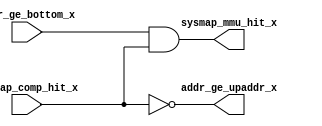
// This program was cloned from: https://github.com/T-head-Semi/openc906
// License: Apache License 2.0

/*Copyright 2020-2021 T-Head Semiconductor Co., Ltd.

Licensed under the Apache License, Version 2.0 (the "License");
you may not use this file except in compliance with the License.
You may obtain a copy of the License at

    http://www.apache.org/licenses/LICENSE-2.0

Unless required by applicable law or agreed to in writing, software
distributed under the License is distributed on an "AS IS" BASIS,
WITHOUT WARRANTIES OR CONDITIONS OF ANY KIND, either express or implied.
See the License for the specific language governing permissions and
limitations under the License.
*/
module aq_mmu_sysmap_hit(
  addr_ge_bottom_x,
  addr_ge_upaddr_x,
  sysmap_comp_hit_x,
  sysmap_mmu_hit_x
);

// &Ports; @27
input        addr_ge_bottom_x; 
input        sysmap_comp_hit_x; 
output       addr_ge_upaddr_x; 
output       sysmap_mmu_hit_x; 

// &Regs; @28

// &Wires; @29
wire         addr_ge_bottom_x; 
wire         addr_ge_upaddr_x; 
wire         addr_ls_top;      
wire         sysmap_comp_hit_x; 
wire         sysmap_mmu_hit_x; 



assign addr_ls_top      = sysmap_comp_hit_x;

assign addr_ge_upaddr_x = !addr_ls_top;
assign sysmap_mmu_hit_x = addr_ge_bottom_x && addr_ls_top;

// &ModuleEnd; @37
endmodule